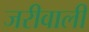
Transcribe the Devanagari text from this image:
जरीवाली